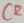
Text: C2